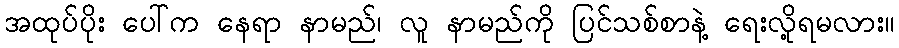
အထုပ်ပိုး ပေါ်က နေရာ နာမည်၊ လူ နာမည်ကို ပြင်သစ်စာနဲ့ ရေးလို့ရမလား။